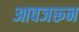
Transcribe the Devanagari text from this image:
आवजरून